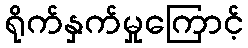
ရိုက်နှက်မှုကြောင့်